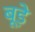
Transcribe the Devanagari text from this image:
बूड़े